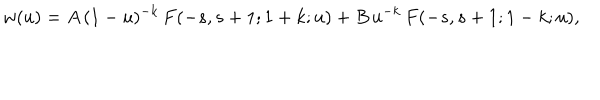
LaTeX: w ( u ) = A \, ( 1 - u ) ^ { - k } \, F ( - s , s + 1 ; 1 + k ; u ) + B \, u ^ { - k } \, F ( - s , s + 1 ; 1 - k ; u ) ,